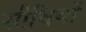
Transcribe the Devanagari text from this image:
सीधियों